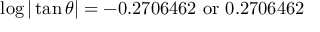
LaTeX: \log | \tan \theta | = - 0 . 2 7 0 6 4 6 2 { \mathrm { ~ o r ~ } } 0 . 2 7 0 6 4 6 2